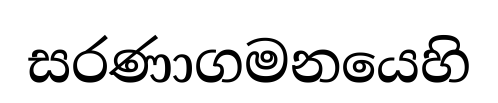
සරණාගමනයෙහි